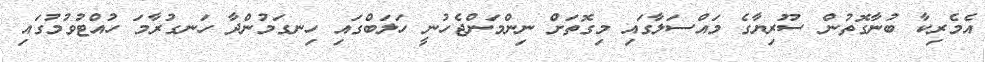
އެމެރިކާ ބުނާގޮތުން ސޫރިޔާގެ މައްސަލާގައި މިގޮތަށް ނިންމަންޖެހުނީ ހަލަބްގައި ހިނގަމުންދާ ހަނގުރާމަ ހުއްޓުވުމުގައި